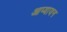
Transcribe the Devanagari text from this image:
आप्यायन